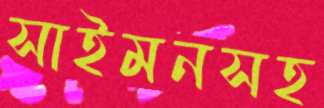
সাইমনসহ